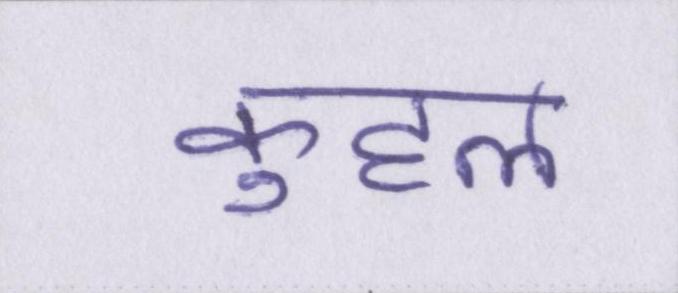
कुहल